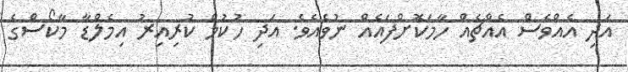
އަދި އެއްވެސް އެއްޗެއް ހާމަކޮށްފައެއް ނުވެއެވެ. އަދި ހުކުމް ކުރިއިރު އިމެލްޑާ މާކޯސްގެ